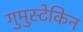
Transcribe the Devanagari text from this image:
गुमुस्टेकिन